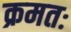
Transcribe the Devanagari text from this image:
क्रमतः